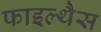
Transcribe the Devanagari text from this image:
फाइल्थैस